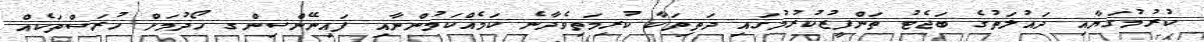
ކުރުމުގަޔާއި ދައުލަތުގެ ބަޖެޓު ތަންފީޒުކުރުމުގައި ދަތިތަކާ ކުރިމަތިވެދާނެ ކަމެއްކަމުންނާއި ފައިނޭންސިންގ ހޯދުމަށް ހުރަސްތަކެއް